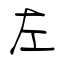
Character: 左